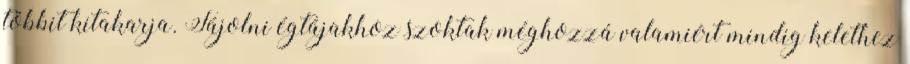
többit kitakarja. Tájolni égtájakhoz szoktak méghozzá valamiért mindig kelethez